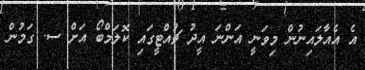
އެ އެއާލައިނުން މިވަނީ އަންނަ އީދު ޗުއްޓީގައި ކޮލަމްބޯ އަށް ސ. ގަމުން